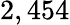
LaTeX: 2,454